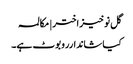
گل نوخیز اختر | مکالمہ
کیا شاندارروبوٹ ہے۔